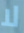
لا